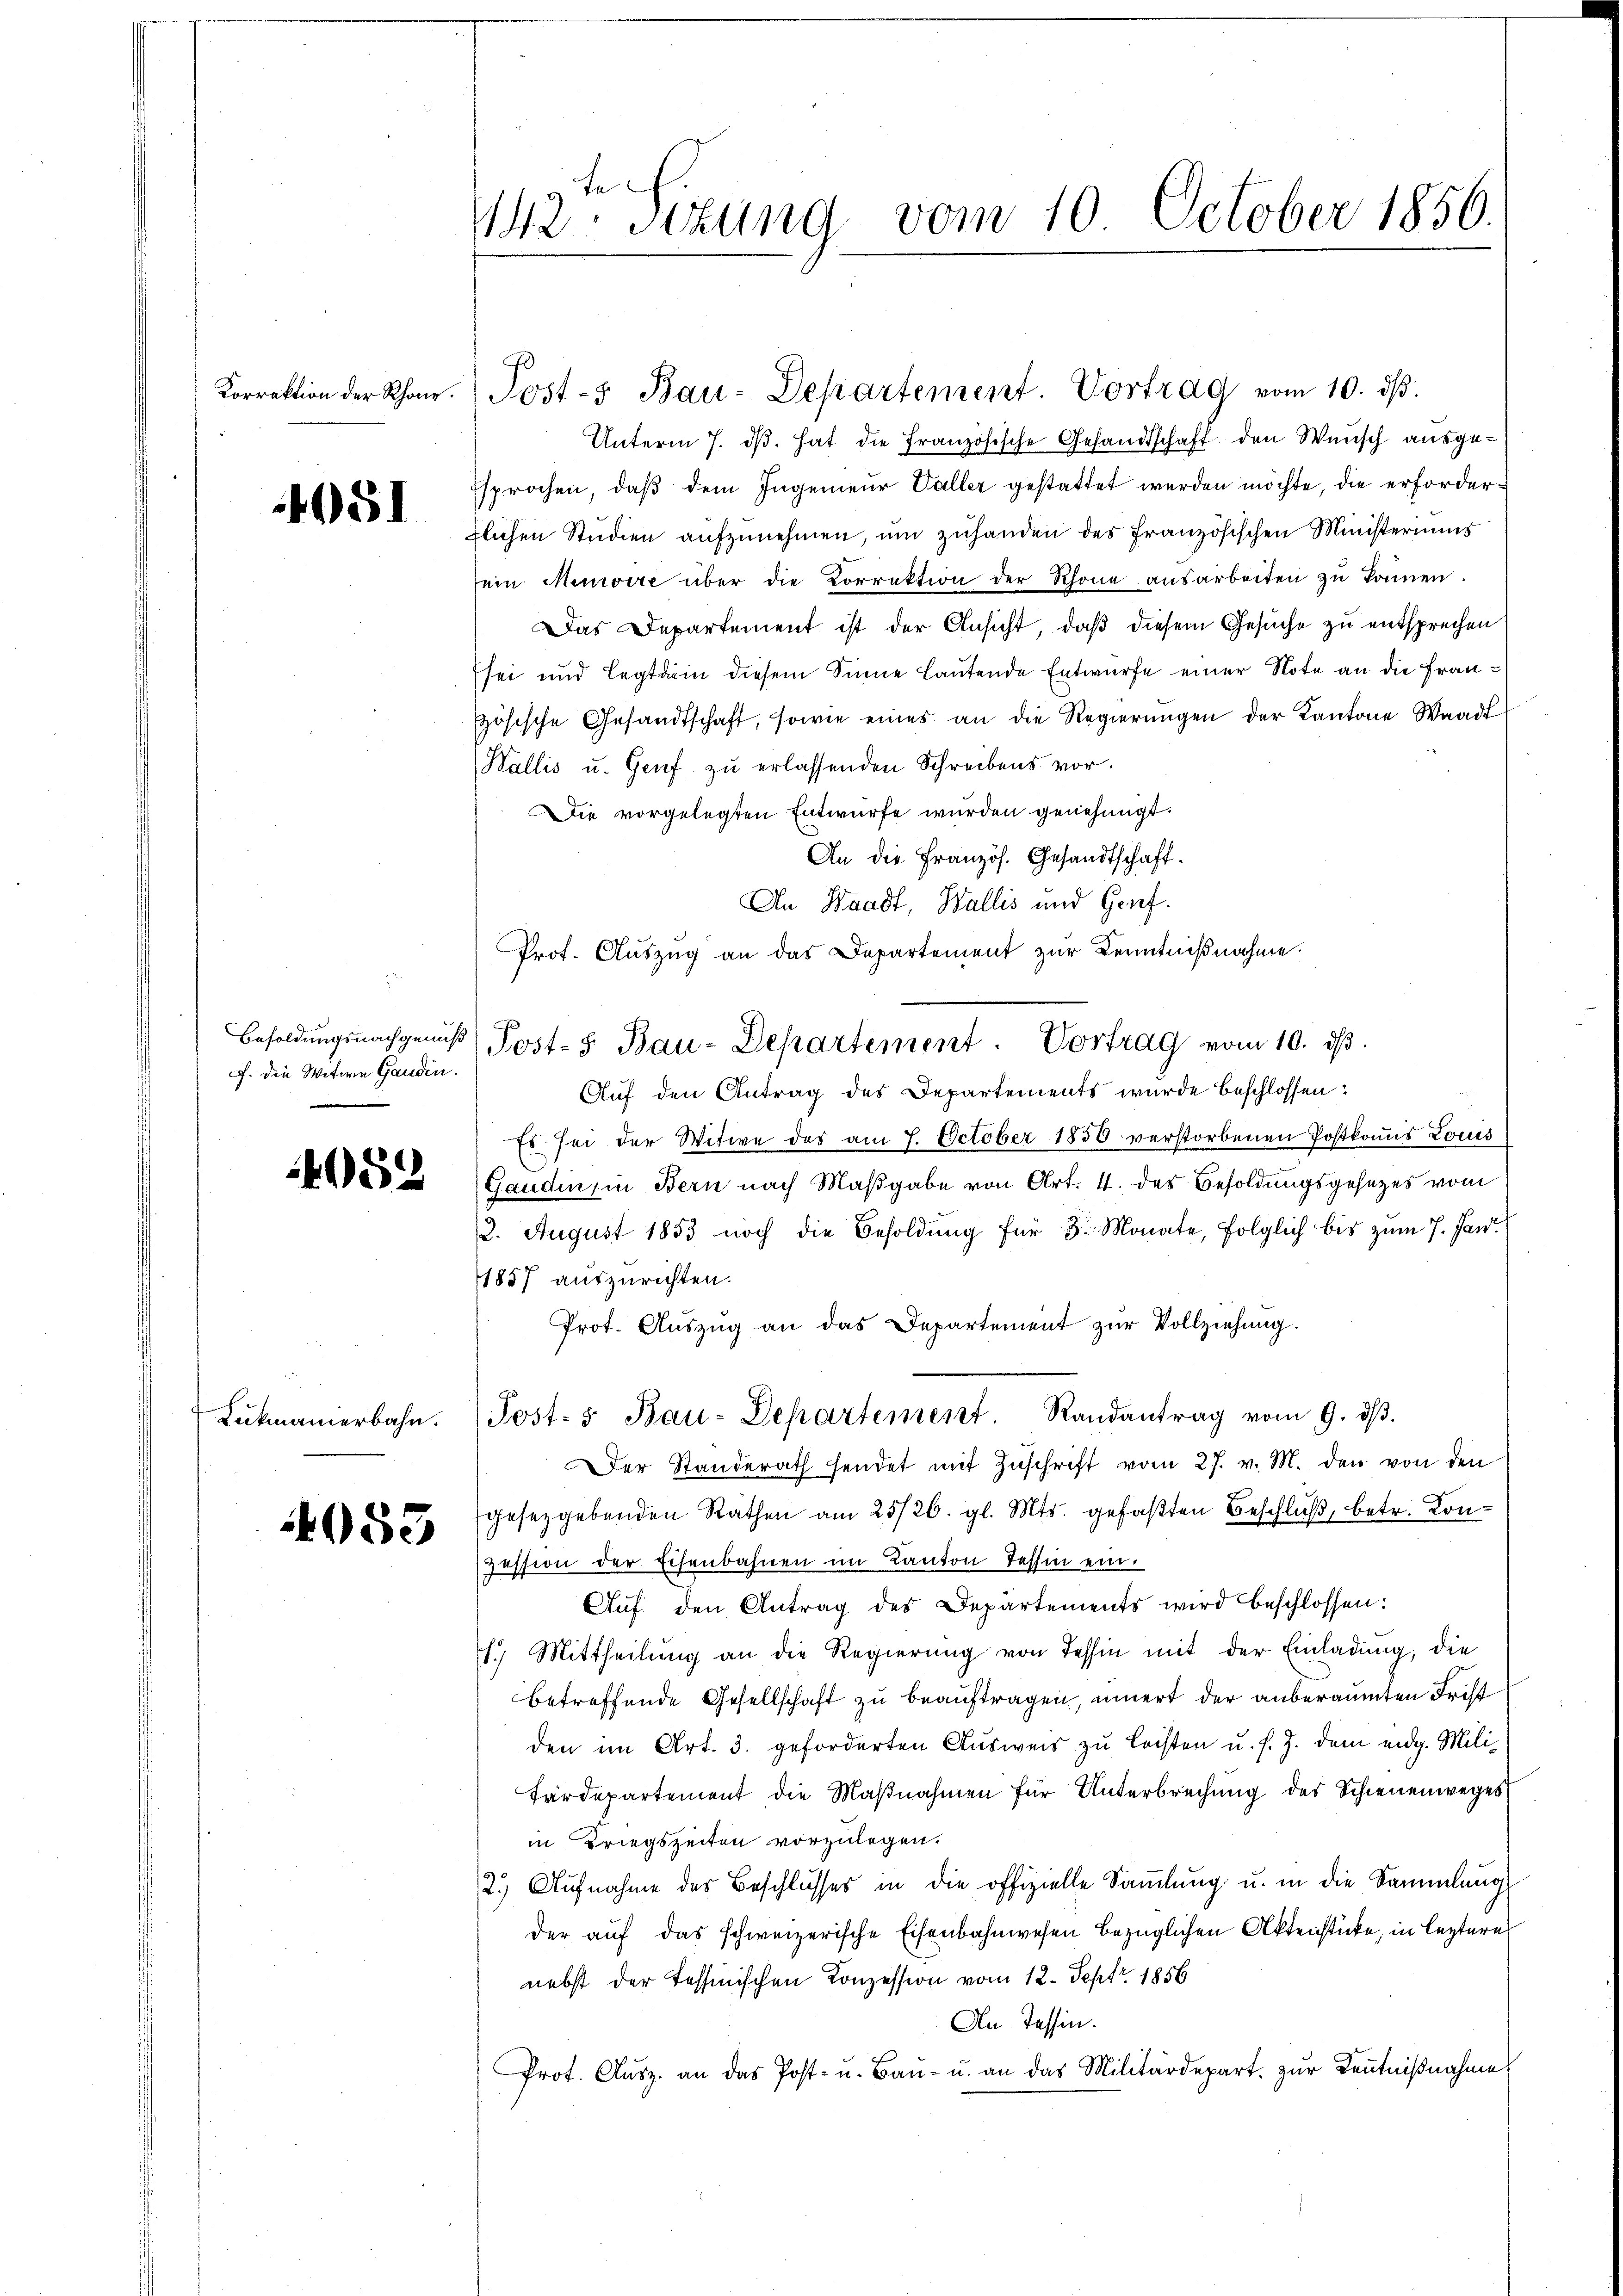
Korrektion der Rhone.

4051

J. die Witwe Ganden.

4052

053

442. Sitzung vom 10. October 1856.

Unterm 7. dβ. hat die Französische Gesandtschaft den Wunsch ausgesprochen, daß dem Ingenieur Valler gestattet werden möchte, die erforderflichen Studien aufzunehmen, um zuhanden des Französischen Ministeriums
sein Meurire über die Vorrektion der Schöne ausarbeiten zu können.
Das Departement ist der Ansicht, daß diesem Gesuche zu entsprechen
sei und legtarin diesem Sinne lautende Entwurfe einer Note an die Frau¬
Hösische Gesandtschaft, sowie eines an die Regierungen der Kantone Waadt
Wallis u. Genf zu erlassenden Schreibens vor.
Die vorgelegten Entwurfe wurden genehmigt:
An die Französ. Gesandtschaft.
An Waadt, Wallis und Genf.
Prof. Auszug an das Departement zur Kenntnißnahme.
Auf den Antrag des Departements wurde beschlossen:
Es sei der Witwe des am 7. October 1850 verstorbenen Postkomis Locus
Gaudin, in Bern nach Maßgabe von Art. 4. des Besoldungsgesetzes vom
2. August 1853 noch die Besoldung für 3. Monate, folglich bis zum 7. Jan
1857 auszurichten.
Prot. Auszug an das Departement zur Vollziehung.
Lukmanierbahn. (Post-5 Bau-Departement. Randantrag vom 9. dβ.
Der Standerath sendet mit Zŭschrift vom 27. v. M. den von den
gesetzgebenden Räthen am 25/26. gl. Mts. gefaßten Beschluß, betr. Konzession der Eisenbahnen im Kanton Tessin ein.
Aŭf den Antrag des Departements wird beschlossen:
1. Mittheilŭng an die Regierŭng von Tessin mit der Einladung, die
betreffende Gesellschaft zu beauftragen, innert der anberaumten Frist
den im Art. 3. geforderten Ausweis zu leisten u. s. Z. dem eidg. Mili¬
Färdepartement die Maßnahmen für Unterbrechung des Schienenweges
in Kriegszeiten vorzulegen.
2.) Aufnahme des Beschlŭsses in die offizielle Saṁlŭng u. in die Sammlung
der auf das schweizerische Eisenbahnwesen bezüglichen Aktenstücke, in leztere
nebst der Tessinischen Konzession vom 12. Sept 1856
An Tessin.
Prot. Aŭsz. an das Post- u. Baŭ- u. an das Militärdepart. zŭr Keṅtniβnahme

Post-" Bau-Departement. Vortrag vom 10. ds.

Besoldŭngsnachgenus Post- Bau-Departement. Vortrag vom 10. dβ.